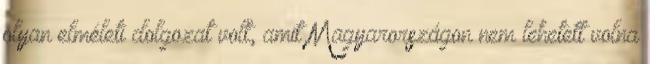
olyan elméleti dolgozat volt, amit Magyarországon nem lehetett volna